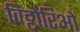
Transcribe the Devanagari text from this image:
विट्टोरिओ